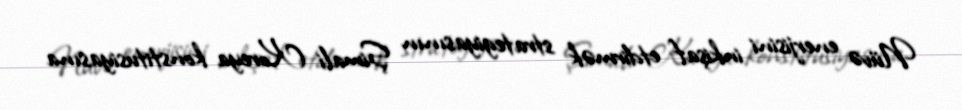
Nüvə enerjisini inkişaf etdirmək strategiyasının Şimali Koreya konstitusiyasına